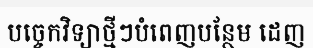
បច្ចេកវិទ្យាថ្មីៗបំពេញបន្ថែម ដេញ